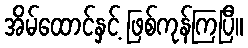
အိမ်ထောင်နှင့် ဖြစ်ကုန်ကြပြီ။